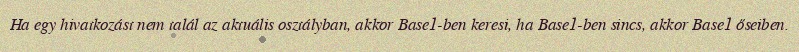
Ha egy hivatkozást nem talál az aktuális osztályban, akkor Base1-ben keresi, ha Base1-ben sincs, akkor Base1 őseiben.